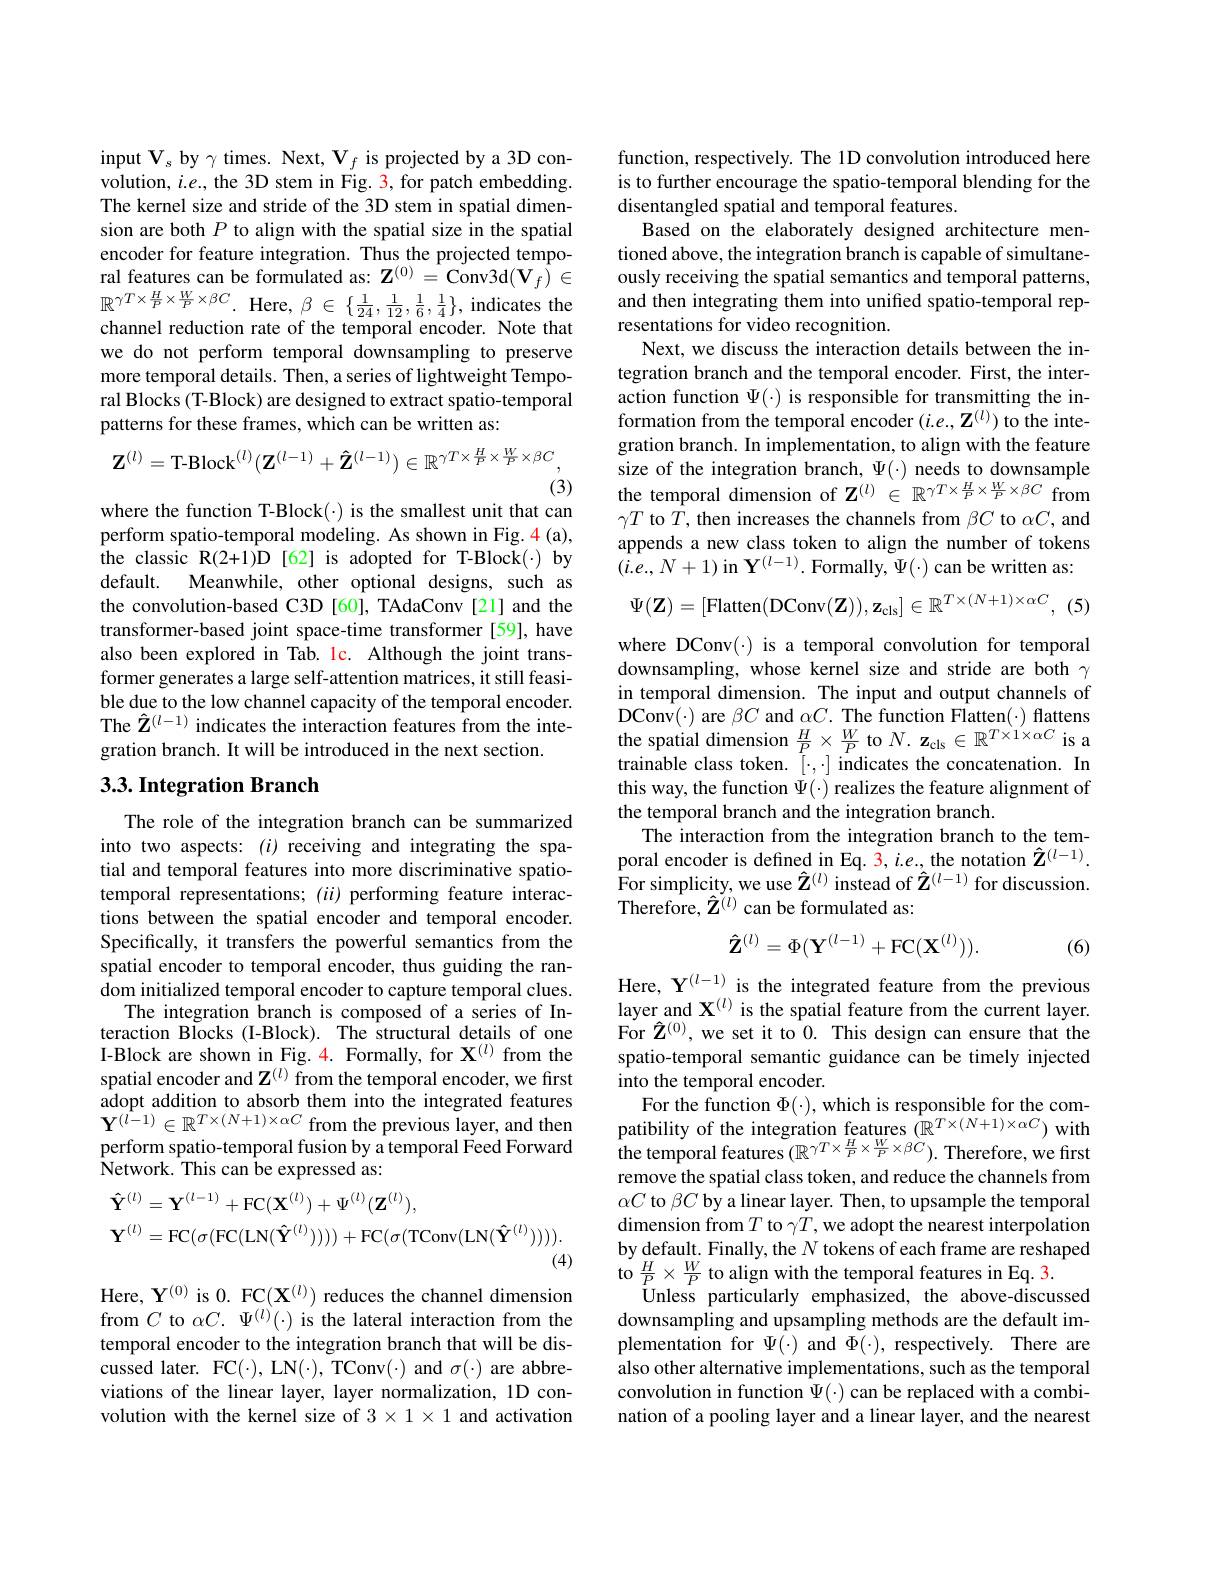
$\mathrm{input~V}_{s}$ by$\gamma$ times. Next, $\mathbf{V}_f$ is projected by a 3D convolution, $i.e.$, the 3D stem in Fig. 3, for patch embedding. The kernel size and stride of the 3D stem in spatial dimension are both $P$ to align with the spatial size in the spatial encoder for feature integration. Thus the projected temporal features can be formulated as: $\mathbf{Z}^{(0)}=\mathbf{Conv3d}(\mathbf{V}_{f})\in$ $\mathbb{R}^{\gamma T\times\frac{H}{P}\times\frac{W}{P}\times\beta C}.$ Here, $\beta\in\left\{\frac1{24},\frac1{12},\frac16,\frac14\right\}$, indicates the channel reduction rate of the temporal encoder. Note that we do not perform temporal downsampling to preserve more temporal details. Then, a series of lightweight Temporal Blocks (T-Block) are designed to extract spatio-temporal patterns for these frames, which can be written as:
$$\mathbf{Z}^{(l)}=\text{T-Block}^{(l)}(\mathbf{Z}^{(l-1)}+\mathbf{\hat{Z}}^{(l-1)})\in\mathbb{R}^{\gamma T\times\frac{H}{P}\times\frac{W}{P}\times\beta C},$$
(3)
where the function T-Block(·) is the smallest unit that can

perform spatio-temporal modeling. As shown in Fig. 4(a), the classic R(2+1)D [62] is adopted for T-Block(·) by default. Meanwhile, other optional designs, such as the convolution-based C3D [60], TAdaConv[21] and the transformer-based joint space-time transformer [59], have also been explored in Tab. lc. Although the joint transformer generates a large self-attention matrices, it still feasible due to the low channel capacity of the temporal encoder. The $\hat{\mathbf{Z}}^{(l-1)}$ indicates the interaction features from the integration branch. It will be introduced in the next section.

## $3. 3. \textbf{Integration Branch}$

The role of the integration branch can be summarized into two aspects: ($i$) receiving and integrating the spatial and temporal features into more discriminative spatiotemporal representations; ($ii)$ performing feature interactions between the spatial encoder and temporal encoder. Specifically, it transfers the powerful semantics from the spatial encoder to temporal encoder, thus guiding the random initialized temporal encoder to capture temporal clues.
The integration branch is composed of a series of Interaction Blocks (I-Block). The structural details of one I-Block are shown in Fig. 4. Formally, for $\mathbf{X}^{(l)}$ from the spatial encoder and $\mathbf{Z}^{(l)}$ from the temporal encoder, we first adopt addition to absorb them into the integrated features $\mathbf{Y}^{(l-1)}\in\mathbb{R}^{T\times(N+1)\times\alpha C}$from the previous layer, and then perform spatio-temporal fusion by a temporal Feed Forward ${\mathrm{Network.~This~can~be~expressed~as:}}$
$$\begin{aligned}&\mathbf{\hat{Y}}^{(l)}=\mathbf{Y}^{(l-1)}+\mathrm{FC}(\mathbf{X}^{(l)})+\Psi^{(l)}(\mathbf{Z}^{(l)}),\\&\mathbf{Y}^{(l)}=\mathrm{FC}(\sigma(\mathrm{FC}(\mathrm{LN}(\mathbf{\hat{Y}}^{(l)}))))+\mathrm{FC}(\sigma(\mathrm{TConv}(\mathrm{LN}(\mathbf{\hat{Y}}^{(l)})))).\end{aligned}$$
Here, $\mathbf{Y}^{(0)}$ is 0. FC$(\mathbf{X}^{(l)})$ reduces the channel dimension from $C$ to $\alpha C.\Psi^{(l)}(\cdot)$ is the lateral interaction from the temporal encoder to the integration branch that will be discussed later. FC(·), LN(·), TConv(·) and $\sigma(\cdot)$ are abbreviations of the linear layer, layer normalization, 1D convolution with the kernel size of $3\times1\times1$ and activation

function, respectively. The 1D convolution introduced here is to further encourage the spatio-temporal blending for the disentangled spatial and temporal features.
Based on the elaborately designed architecture mentioned above, the integration branch is capable of simultaneously receiving the spatial semantics and temporal patterns, and then integrating them into unified spatio-temporal representations for video recognition.
Next, we discuss the interaction details between the integration branch and the temporal encoder. First, the interaction function $\Psi(\cdot)$ is responsible for transmitting the information from the temporal encoder $(i.e.,\mathbf{Z}^{(l)})$ to the integration branch. In implementation, to align with the feature size of the integration branch, $\Psi(\cdot){\mathrm{~needs~to~downsample}}$ the temporal dimension of $\mathbf{Z}^{(l)}\in\mathbb{R}^{\gamma T\times\frac HP\times\frac WP\times\beta C}$ from $\gamma T$ to $T$, then increases the channels from $\beta C$ to $\alpha C$,and appends a new class token to align the number of tokens $(i.e.,N+1)$ in $\mathbf{Y}^{(l-1)}.$ Formally, $\Psi(\cdot)$ can be written as:
$$\Psi(\mathbf{Z})=[\mathrm{Flatten}(\mathrm{DConv}(\mathbf{Z})),\mathbf{z}_{\mathrm{cls}}]\in\mathbb{R}^{T\times(N+1)\times\alpha C},$$
(5

where DConv(·) is a temporal convolution for temporal downsampling, whose kernel size and stride are both $\gamma$ in temporal dimension. The input and output channels of $DConv(\cdot) are \beta C and \alpha C. The function Flatten(\cdot) flattens$ the spatial dimension $\frac HP\times\frac WP$ to $N.\mathbf{z}_\mathrm{cls}\in\mathbb{R}^T\times1\times\alpha C$ is a trainable class token. $[\cdot,\cdot]$ indicates the concatenation. In this way, the function $\Psi(\cdot)$ realizes the feature alignment of the temporal branch and the integration branch.
The interaction from the integration branch to the temporal encoder is defined in Eq. $\color{red}{3,i.e.,\text{the notation}}{\hat{\mathbf{Z}}^{(l-1)}.}$ For simplicity, we use $\hat{\mathbf{Z}}^{(l)}$ instead of $\hat{\mathbf{Z}}^{(l-1)}$ for discussion. $\hat{\text{Therefore, }\hat{\mathbf{Z}}^{(l)}}$can be formulated as:
$$\mathbf{\hat{Z}}^{(l)}=\Phi(\mathbf{Y}^{(l-1)}+\mathrm{FC}(\mathbf{X}^{(l)})).$$
(6)

Here, $\mathbf{Y}^{(l-1)}$ is the integrated feature from the previous layer and $\mathbf{X}^{(l)}$ is the spatial feature from the current layer. For $\hat{\mathbf{Z}}^{(0)}$, we set it to 0. This design can ensure that the spatio-temporal semantic guidance can be timely injected into the temporal encoder.
For the function $\Phi ( \cdot ) $, which is responsible for the com- patibility of the integration features$\left ( \mathbb{R} ^{T\times ( N+ 1) \times \alpha C}\right )$ with the temporal features$\left ( \mathbb{R} ^{\gamma T\times \frac HP\times \frac WP\times \beta C}\right ) .$ Therefore, we first remove the spatial class token, and reduce the channels from $\alpha C$ to $\beta C$ by a linear layer. Then, to upsample the temporal dimension from $T$ to $\gamma T$,we adopt the nearest interpolation by default. Finally, the $N$ tokens of each frame are reshaped to $\frac{H}{P}\times\frac{W}{P}$ to align with the temporal features in Eq.3.
Unless particularly emphasized, the above-discussed downsampling and upsampling methods are the default implementation for $\Psi(\cdot)$ and $\Phi(\cdot)$, respectively. There are also other alternative implementations, such as the temporal convolution in function $\Psi(\cdot)$ can be replaced with a combination of a pooling layer and a linear layer, and the nearest